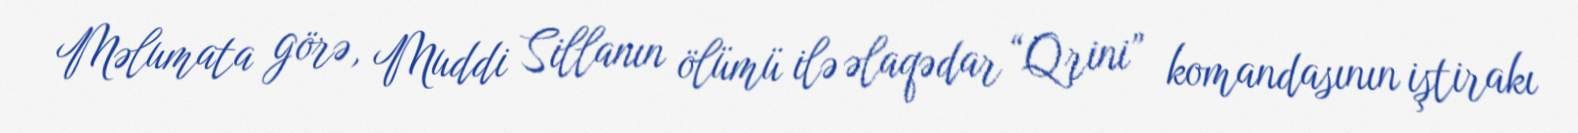
Məlumata görə, Muddi Sillanın ölümü ilə əlaqədar “Qrini” komandasının iştirakı